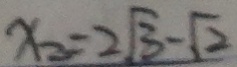
x _ { 2 } = 2 \sqrt { 3 } - \sqrt { 2 }